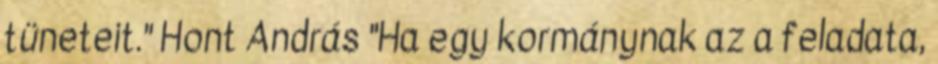
tüneteit." Hont András "Ha egy kormánynak az a feladata,